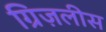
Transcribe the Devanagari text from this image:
ग्रिज़लीस